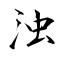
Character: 浊